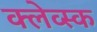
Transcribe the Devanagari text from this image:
क्लेव्स्क